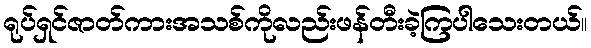
ရုပ်ရှင်ဇာတ်ကားအသစ်ကိုလည်းဖန်တီးခဲ့ကြပါသေးတယ်။